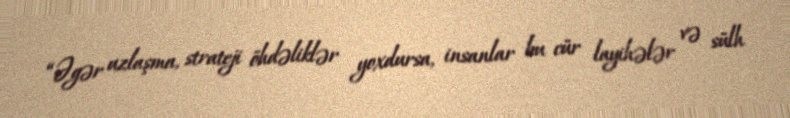
“Əgər uzlaşma, strateji öhdəliklər yoxdursa, insanlar bu cür layihələr və sülh